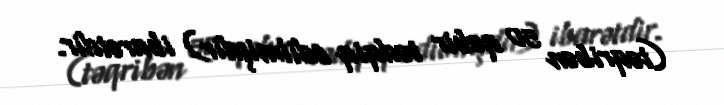
(təqribən 50 qəbir tədqiq edilmişdir) ibarətdir.